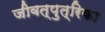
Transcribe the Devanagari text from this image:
जीवत्पुत्रिका